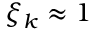
\xi _ { k } \approx 1